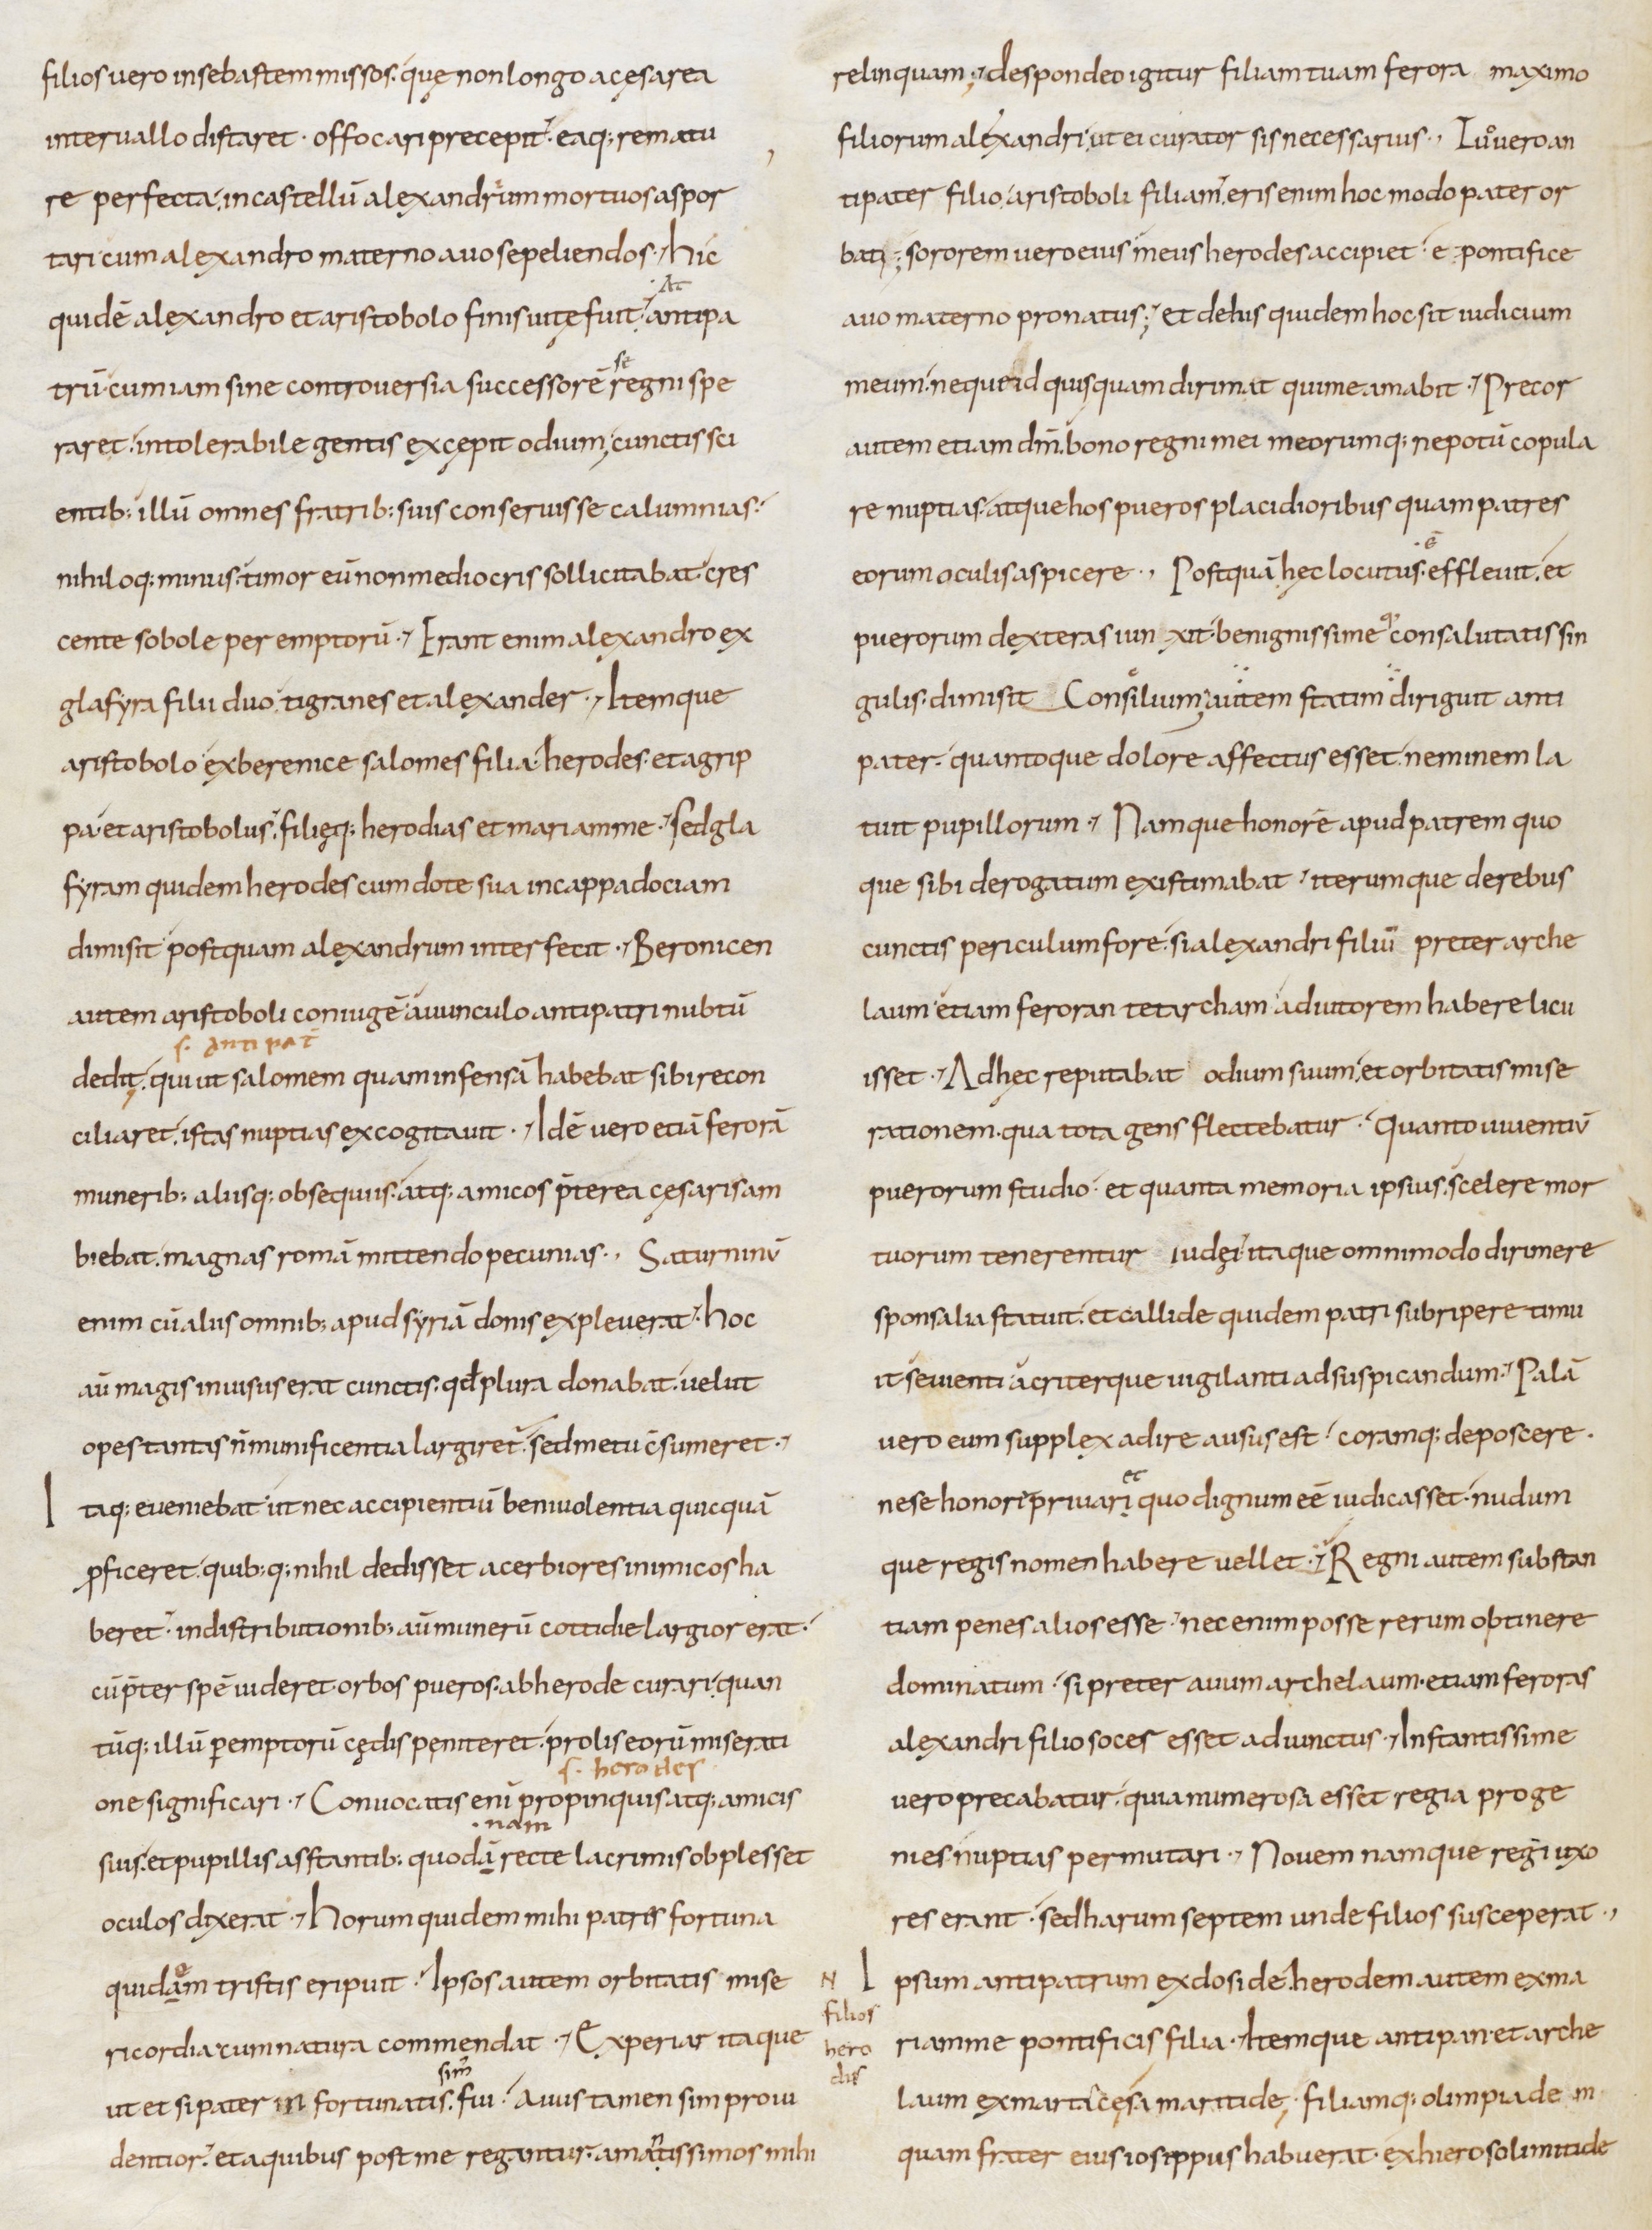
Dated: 800–899